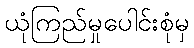
ယုံကြည်မှုပေါင်းစုံမှ